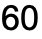
60